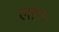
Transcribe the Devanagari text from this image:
लाभः